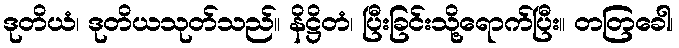
ဒုတိယံ၊ ဒုတိယသုတ်သည်။ နိဋ္ဌိတံ၊ ပြီးခြင်းသို့ရောက်ပြီး။ တတြခေါ၊